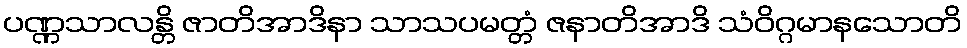
ပဏ္ဏသာလန္တိ ဇာတိအာဒိနာ သာသပမတ္တံ ဇနာတိအာဒိ သံဝိဂ္ဂမာနသောတိ